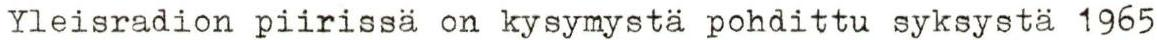
Yleisradion piirissä on kysymystä pohdittu syksystä 1965